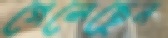
গেলেছেন